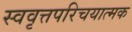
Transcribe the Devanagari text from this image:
स्ववृत्तपरिचयात्मक